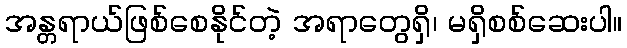
အန္တရာယ်ဖြစ်စေနိုင်တဲ့ အရာတွေရှိ၊ မရှိစစ်ဆေးပါ။